Annual report on the Civil Veterinary Department, Burma (including the Insein Veterinary School) - 1923-1931
Year: 1923
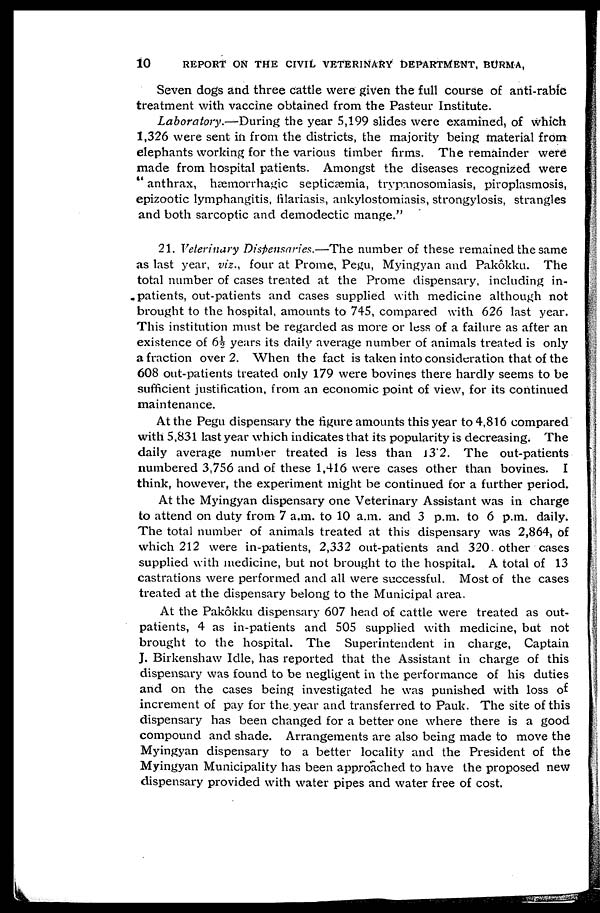
10
REPORT ON THE CIVIL VETERINARY DEPARTMENT, BURMA,
Seven dogs and three cattle were given the full course of anti-rabic
treatment with vaccine obtained from the Pasteur Institute.
Laboratory.—During the year 5,199 slides were examined, of which
1,326 were sent in from the districts, the majority being material from
elephants working for the various timber firms. The remainder were
made from hospital patients. Amongst the diseases recognized were
" anthrax, hæmorrhagic septicæmia, trypanosomiasis, piroplasmosis,
epizootic lymphangitis, filariasis, ankylostomiasis, strongylosis, strangles
and both sarcoptic and demodectic mange."
21. Veterinary Dispensaries.—The number of these remained the same
as last year, viz., four at Prome, Pegu, Myingyan and Pakôkku. The
total number of cases treated at the Prome dispensary, including in-
patients, out-patients and cases supplied with medicine although not
brought to the hospital amounts to 745, compared with 626 last year.
This institution must be regarded as more or less of a failure as after an
existence of 6½ years its daily average number of animals treated is only
a fraction over 2. When the fact is taken into consideration that of the
608 out-patients treated only 179 were bovines there hardly seems to be
sufficient justification, from an economic point of view, for its continued
maintenance.
At the Pegu dispensary the figure amounts this year to 4,816 compared
with 5,831 last year which indicates that its popularity is decreasing. The
daily average number treated is less than 13.2. The out-patients
numbered 3,756 and of these 1,416 were cases other than bovines. I
think, however, the experiment might be continued for a further period.
At the Myingyan dispensary one Veterinary Assistant was in charge
to attend on duty from 7 a.m. to 10 a.m. and 3 p.m. to 6 p.m. daily.
The total number of animals treated at this dispensary was 2,864, of
which 212 were in-patients, 2,332 out-patients and 320. other cases
supplied with medicine, but not brought to the hospital. A total of 13
castrations were performed and all were successful. Most of the cases
treated at the dispensary belong to the Municipal area.
At the Pakôkku dispensary 607 head of cattle were treated as out-
patients, 4 as in-patients and 505 supplied with medicine, but not
brought to the hospital. The Superintendent in charge, Captain
J. Birkenshaw Idle, has reported that the Assistant in charge of this
dispensary was found to be negligent in the performance of his duties
and on the cases being investigated he was punished with loss of
increment of pay for the year and transferred to Pauk. The site of this
dispensary has been changed for a better one where there is a good
compound and shade. Arrangements are also being made to move the
Myingyan dispensary to a better locality and the President of the
Myingyan Municipality has been approached to have the proposed new
dispensary provided with water pipes and water free of cost.